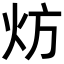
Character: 𬊀